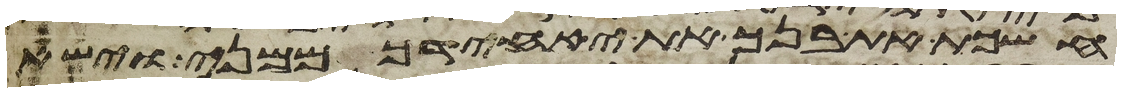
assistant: חשכת את בנך את יחידך ממני וישא